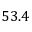
5 3 . 4